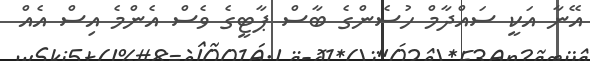
އޭނާ އަކީ ސައްދާމް ހުސެންގެ ބާސް ޕާޓީގެ ވެސް އެންމެ އިސް އެއް